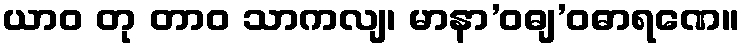
ယာဝ တု တာဝ သာကလျ၊ မာနာ’ဝဓျ’ဝဓာရဏေ။